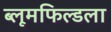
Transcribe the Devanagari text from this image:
ब्लूमफिल्डला